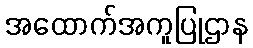
အထောက်အကူပြုဌာန